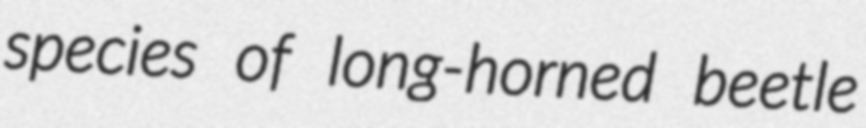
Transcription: species of long-horned beetle